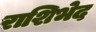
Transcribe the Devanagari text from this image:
राशिभेद